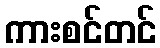
ကားစင်တင်